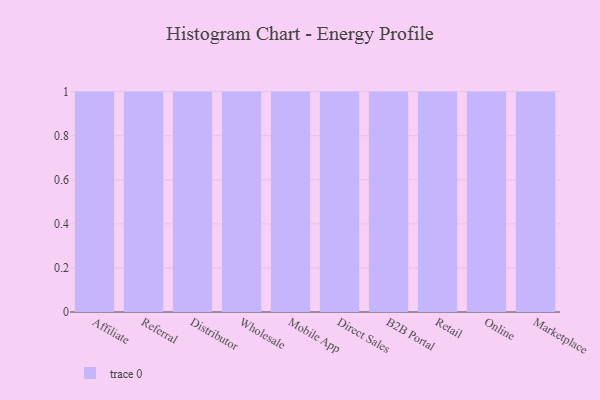
{"axis": {"x": "Channel", "y": "Backlog"}, "legend": [""], "data": [{"x": "Affiliate", "y": 95, "type": ""}, {"x": "Referral", "y": 61, "type": ""}, {"x": "Distributor", "y": 1, "type": ""}, {"x": "Wholesale", "y": 94, "type": ""}, {"x": "Mobile App", "y": 4, "type": ""}, {"x": "Direct Sales", "y": 76, "type": ""}, {"x": "B2B Portal", "y": 99, "type": ""}, {"x": "Retail", "y": 16, "type": ""}, {"x": "Online", "y": 39, "type": ""}, {"x": "Marketplace", "y": 14, "type": ""}]}